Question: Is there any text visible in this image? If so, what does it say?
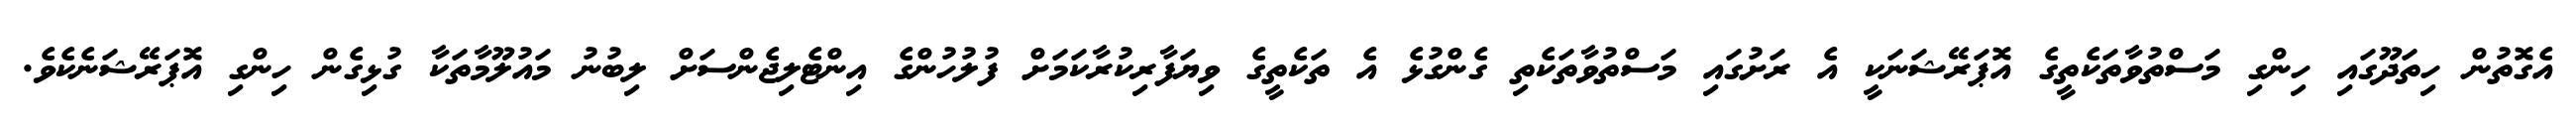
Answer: އެގޮތުން ހިތަދޫގައި ހިންގި މަސްތުވާތަކެތީގެ އޮޕަރޭޝަނަކީ އެ ރަށުގައި މަސްތުވާތަކެތި ގެންގުޅެ އެ ތަކެތީގެ ވިޔަފާރިކުރާކަމަށް ފުލުހުންގެ އިންޓެލިޖެންސަށް ލިބުނު މައުލޫމާތަކާ ގުޅިގެން ހިންގި އޮޕަރޭޝަނެކެވެ.